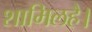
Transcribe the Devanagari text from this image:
शामिलहै।